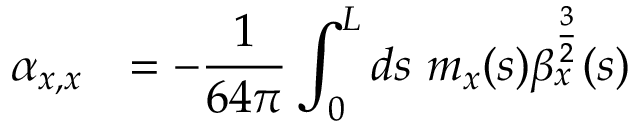
\begin{array} { c l } { \displaystyle \alpha _ { x , x } } & { = \displaystyle - \frac { 1 } { 6 4 \pi } \int _ { 0 } ^ { L } { d s \ m _ { x } ( s ) \beta _ { x } ^ { \frac { 3 } { 2 } } ( s ) } } \end{array}